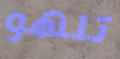
تلهو